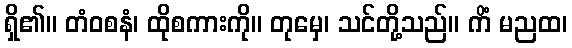
ရှိ၏။ တံဝစနံ၊ ထိုစကားကို။ တုမှေ၊ သင်တို့သည်။ ကိံ မညထ၊